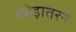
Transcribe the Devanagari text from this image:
कोड़ातरन